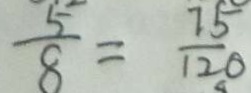
\frac { 5 } { 8 } = \frac { 7 5 } { 1 2 0 }